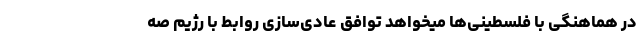
در هماهنگی با فلسطینی‌ها میخواهد توافق عادی‌سازی روابط با رژیم صه